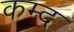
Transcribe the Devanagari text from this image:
कम्द